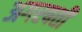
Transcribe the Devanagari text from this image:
अगरबती